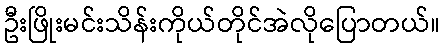
ဦးဖြိုးမင်းသိန်းကိုယ်တိုင်အဲလိုပြောတယ်။